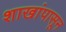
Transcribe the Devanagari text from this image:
शाखांपासून